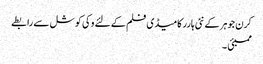
کرن جوہر کے نئی ہارر کامیڈی فلم کے لئے وکی کوشل سے رابطے
ممبئی ۔